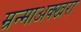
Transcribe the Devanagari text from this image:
म्रन्माअक्खरा